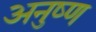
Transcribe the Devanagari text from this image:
अनुष्ण